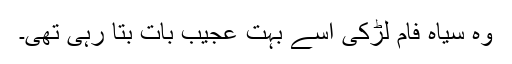
وہ سیاہ فام لڑکی اسے بہت عجیب بات بتا رہی تھی۔